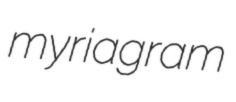
myriagram